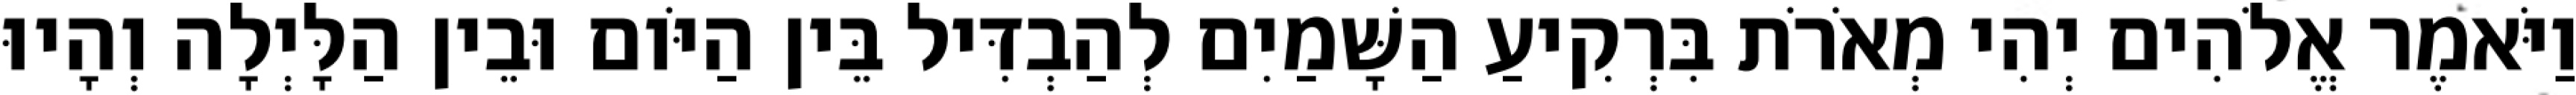
וַיֹּאמֶר אֱלֹהִים יְהִי מְאֹרֹת בִּרְקִיעַ הַשָּׁמַיִם לְהַבְדִּיל בֵּין הַיֹּום וּבֵין הַלָּיְלָה וְהָיוּ